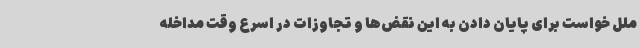
ملل خواست برای پایان دادن به این نقض‌ها و تجاوزات در اسرع وقت مداخله